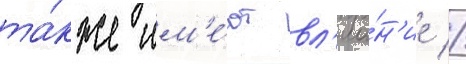
та́кже им'е́ют вл'иа́н'ие //